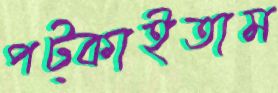
পট্‌কাইতাম